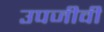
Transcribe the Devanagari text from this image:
उपजीवी